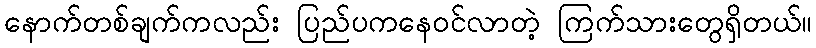
နောက်တစ်ချက်ကလည်း ပြည်ပကနေဝင်လာတဲ့ ကြက်သားတွေရှိတယ်။